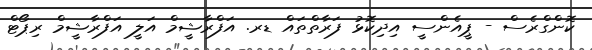
ކޮންގްރެސް - ޕީއެންސީ އިދިކޮޅު ފަރާތްތައް ޑރ. އަފްރާޝީމް އަލީ އަފްރާޝީމް ރިޕޯޓް